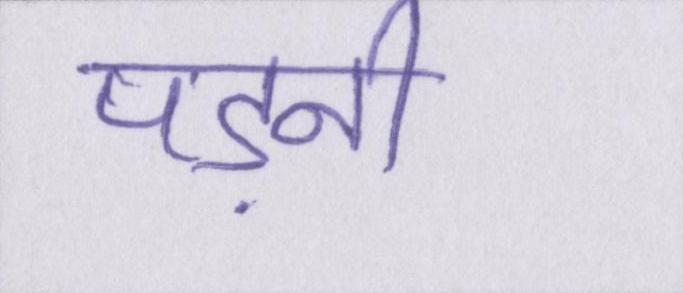
पड़नी